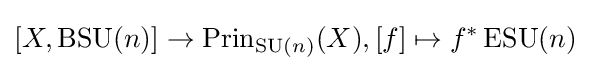
[X,\operatorname {BSU} (n)]\rightarrow \operatorname {Prin} _{\operatorname {SU} (n)}(X),[f]\mapsto f^{*}\operatorname {ESU} (n)